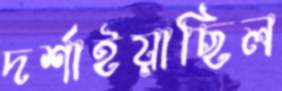
দর্শাইয়াছিল